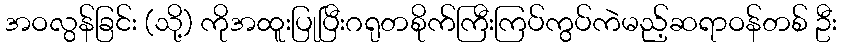
အဝလွန်ခြင်း (သို့) ကိုအထူးပြုပြီးဂရုတစိုက်ကြီးကြပ်ကွပ်ကဲမည့်ဆရာဝန်တစ် ဦး